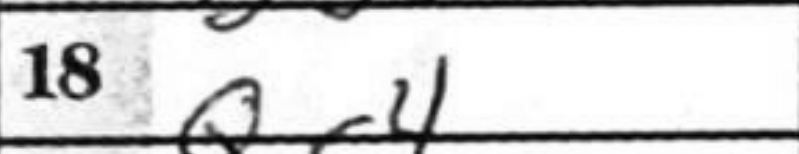
Transcription: Qf4